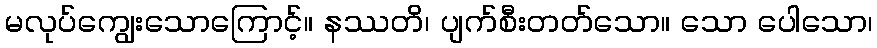
မလုပ်ကျွေးသောကြောင့်။ နဿတိ၊ ပျက်စီးတတ်သော။ သော ပေါသော၊